Scottish Leaving Certificate Examination, 1959
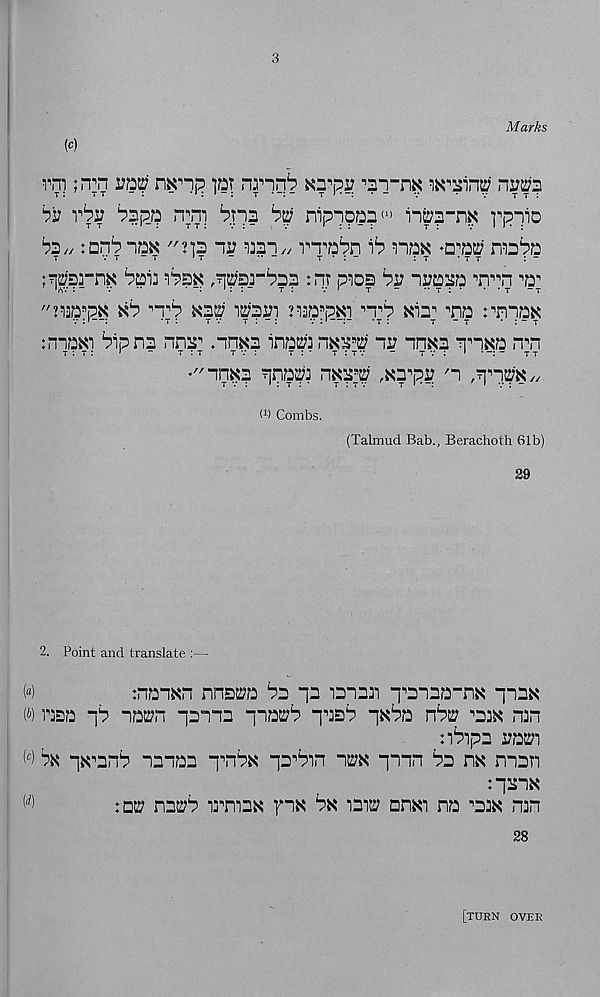
3
Marks
(c)
rm ;n^n ractf nxnp pt nnnb
^t-hk
ni?ra
vbv bzpn n^m ‘pT'ia bui nipnoQa (i > iira-nx rpnio
^3// :Qn^“iQ^ "jp ii? U3“i// TTa^n
nox ♦□w itd^b
T
7 T - T
't
-
*•-
T • : -
IT
• T T
? “
;-prn^ Pail
:n; pios bv iraaa Trn p;
"jiaapK kP
^32? ik?3i?i ’aiQpKi ,, T'P xi2'
rmm
:m3Ki Pip ns nns n .in^s ina2?in*OT ii? inxs
n%n
♦"in^p ?]pa2?j nxsp ,N3pi? n pppK/,
t 1 ) Combs.
(Talmud Bab., Berachoth 61b)
29
2. Point and translate :—
w
:rmxn nnsttfs Ps ps isnsn p^snsa-n^ pnsx
(^) HDD pp nD2?n pans piD2?P pisP p^Po np2? ^sih nan
nPps mi
w 3^ px^snP nsiQs p^nPK ps^Pin "i2?« pmn Ps hk msn
:ps“i«
(rf)
:Q2? n32?P irmsK pn^ P« isis? onxi ns ,, sik nan
28
[turn over